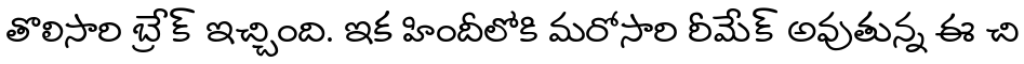
తొలిసారి బ్రేక్ ఇచ్చింది. ఇక హిందీలోకి మరోసారి రీమేక్ అవుతున్న ఈ చి